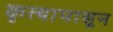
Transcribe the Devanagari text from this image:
कृत्यापासून